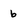
Character: 6